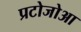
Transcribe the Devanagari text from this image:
प्रटोजोआ